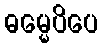
ဓမ္မေပိပေ